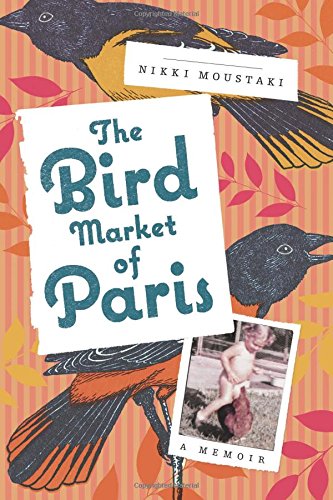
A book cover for The Bird Market of Paris: A Memoir; Nikki Moustaki; Crafts, Hobbies & Home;